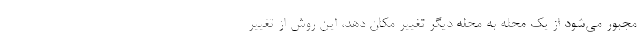
مجبور می‌شود از یک محله به محله دیگر تغییر مکان دهد، این روش از تغییر